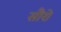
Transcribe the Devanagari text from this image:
सौरो